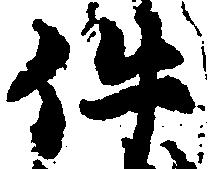
件